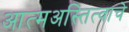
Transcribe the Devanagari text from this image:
आत्मअस्तित्वाचे